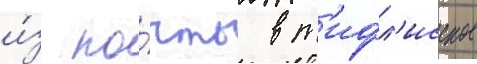
и́з по́чты в т'ифл'исское